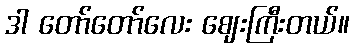
ဒါ တော်တော်လေး ဈေးကြီးတယ်။